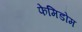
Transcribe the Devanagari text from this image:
फेमिडोम